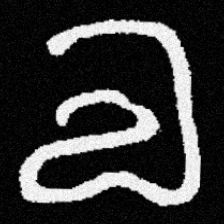
Pyu character \u2014 Myanmar letter: လ (romanized: la)